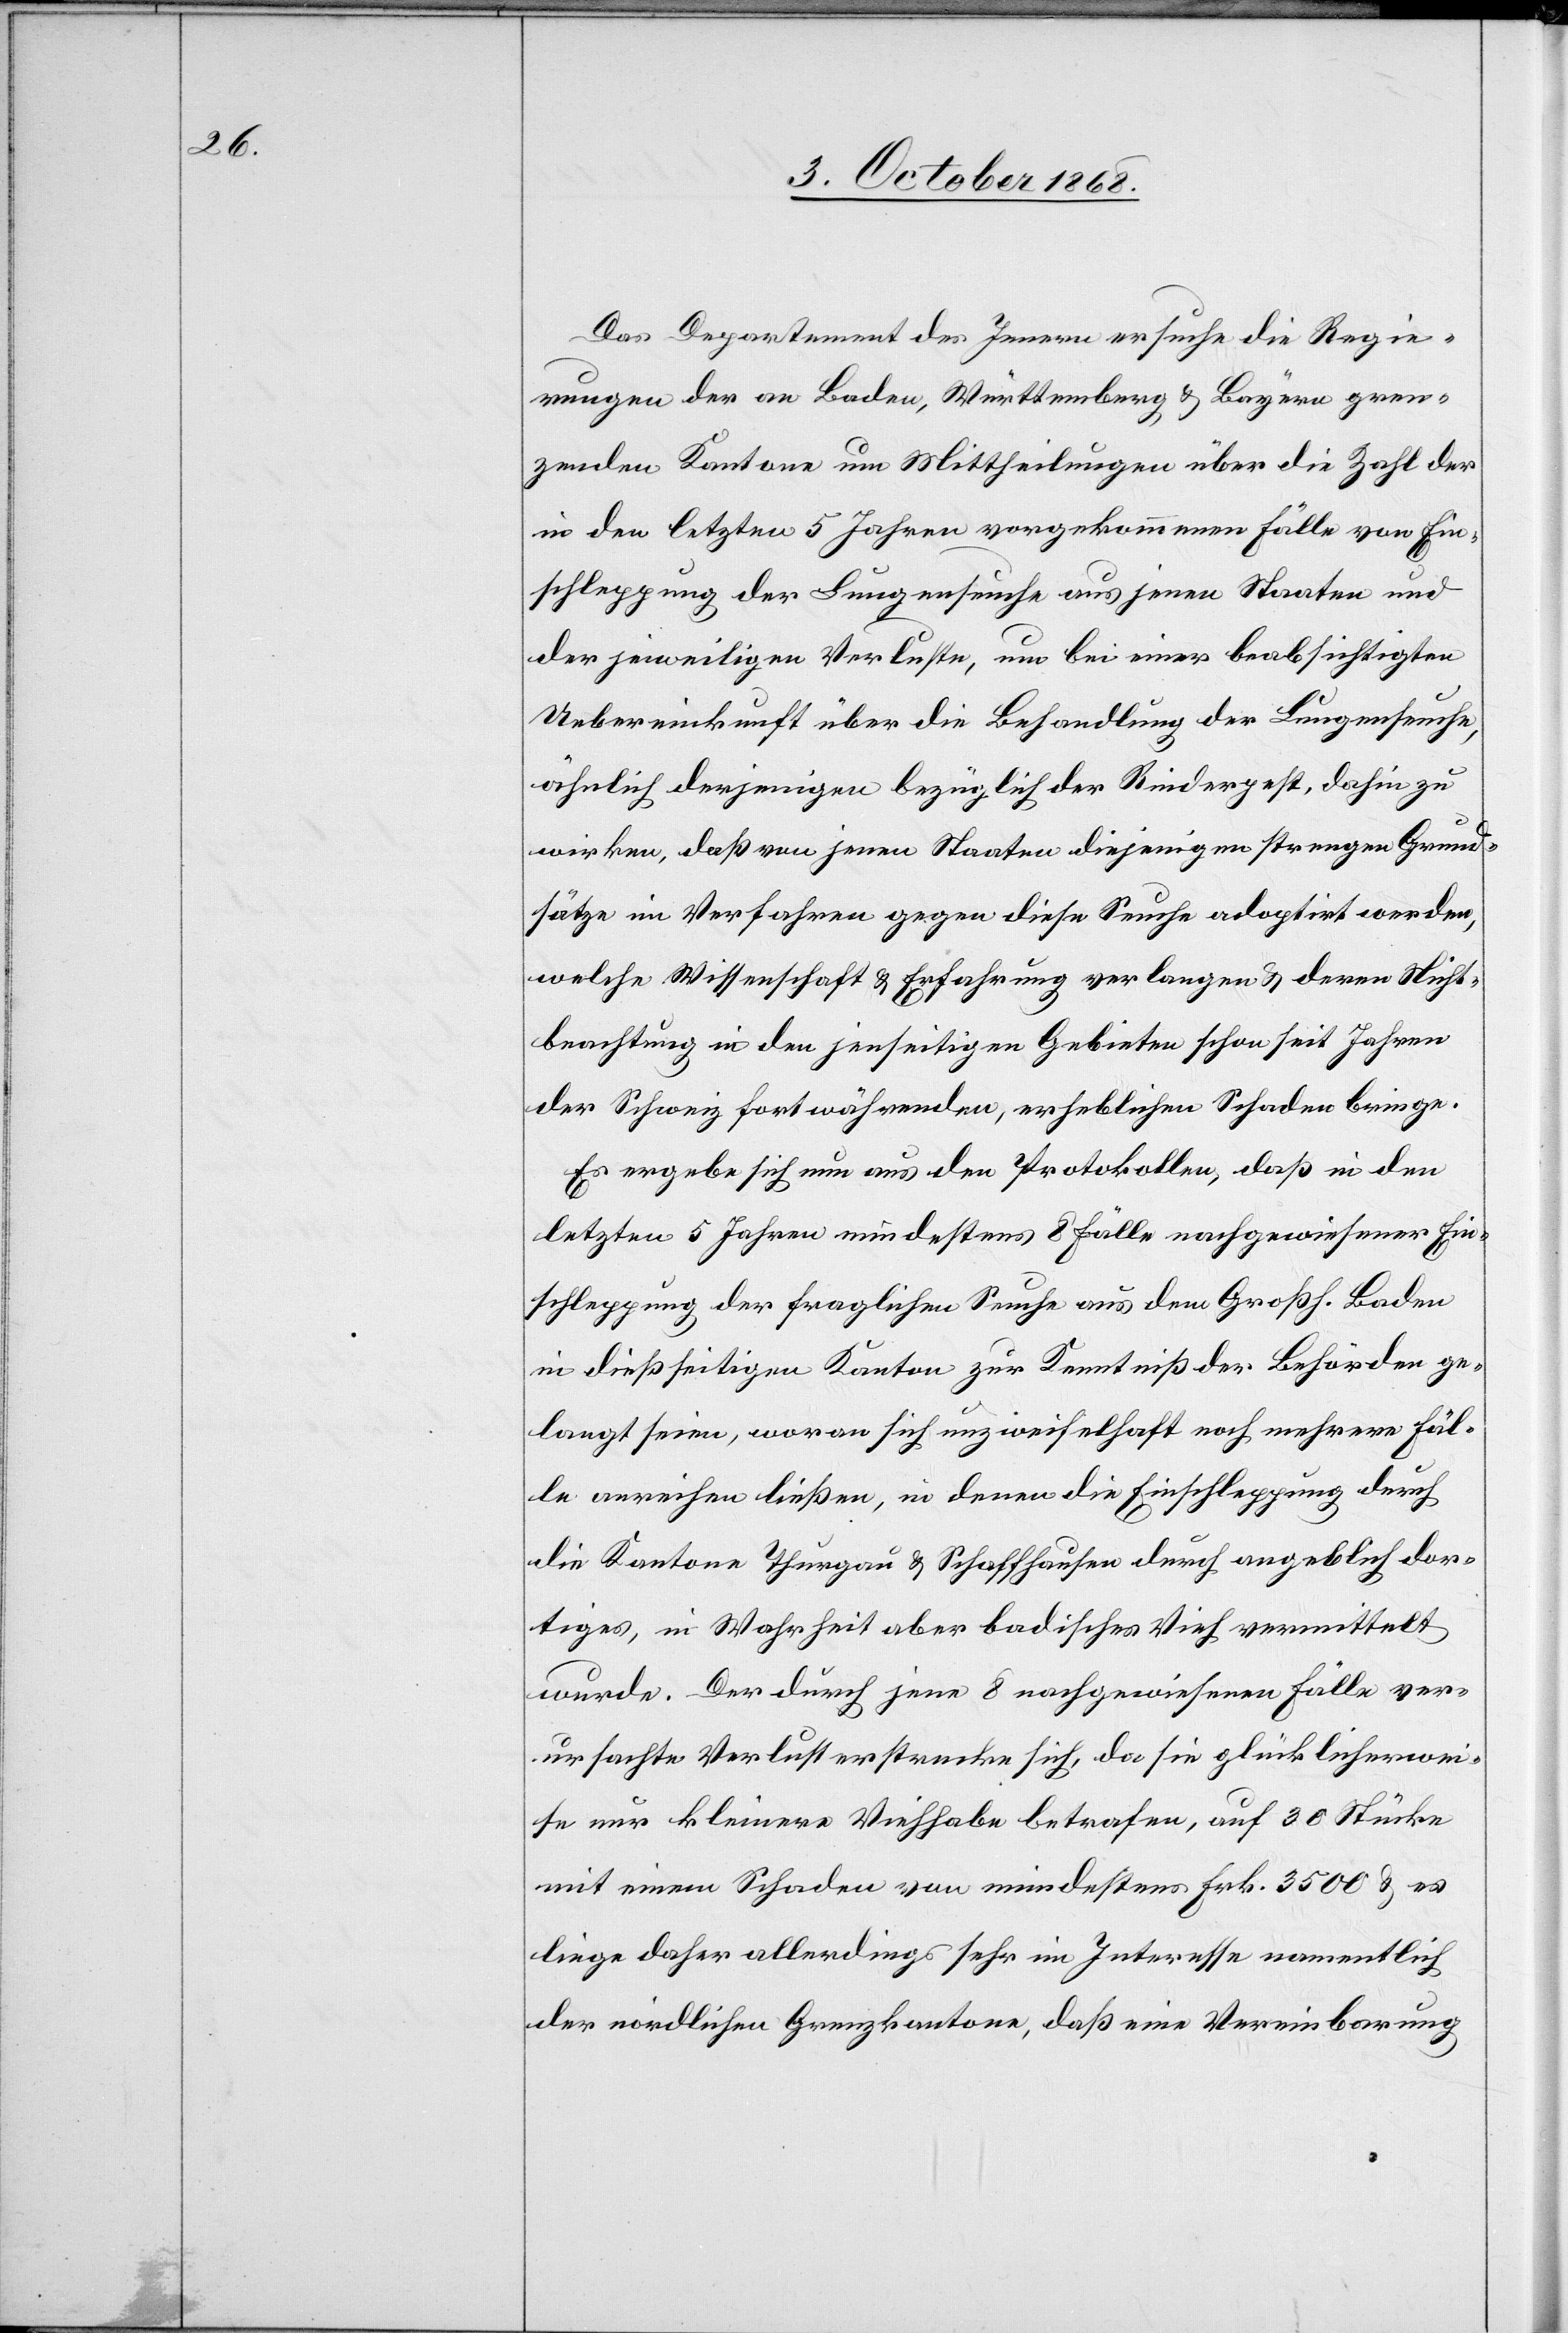
Das Departement des Innern ersuche die Regie¬
rungen der an Baden, Württemberg & Bayern gren¬
zenden Kantone um Mittheilungen über die Zahl der
in den letzten 5 Jahren vorgekommenen Fälle von Ein¬
schleppung der Lungenseuche aus jenen Staaten und
der jeweiligen Verluste, um bei einer beabsichtigten
Uebereinkunft über die Behandlung der Lungenseuche,
ähnlich derjenigen bezüglich der Rinderpest, dahin zu
wirken, daß von jenen Staaten diejenigen strengen Grund¬
sätze im Verfahren gegen diese Seuche adoptirt werden,
welche Wissenschaft & Erfahrung verlangen & deren Nicht¬
beachtung in den jenseitigen Gebieten schon seit Jahren
der Schweiz fortwährenden, erheblichen Schaden bringe.
Es ergebe sich nun aus den Protokollen, daß in den
letzten 5 Jahren mindestens 8 Fälle nachgewiesener Ein¬
schleppung der fraglichen Seuche aus dem Großh. Baden
in dießseitigen Kanton zur Kenntniß der Behörden ge¬
langt seien, woran sich unzweifelhaft noch mehrere Fäl¬
le anreihen ließen, in denen die Einschleppung durch
die Kantone Thurgau & Schaffhausen durch angeblich dor¬
tiges, in Wahrheit aber badisches Vieh vermittelt
wurde. Der durch jene 8 nachgewiesenen Fälle ver¬
ursachte Verlust erstrecke sich, da sie glücklicherwei¬
se nur kleinere Viehhabe betrafen, auf 30 Stücke
mit einem Schaden von mindestens Frk. 3500 & es
liege daher allerdings sehr im Interesse namentlich
der nördlichen Grenzkantone, daß eine Vereinbarung